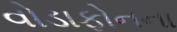
વોડાફોનના